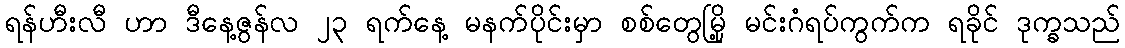
ရန်ဟီးလီ ဟာ ဒီနေ့ဇွန်လ ၂၃ ရက်နေ့ မနက်ပိုင်းမှာ စစ်တွေမြို့ မင်းဂံရပ်ကွက်က ရခိုင် ဒုက္ခသည်